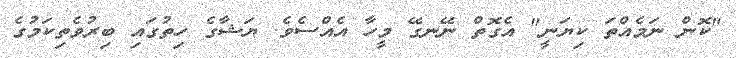
"ކޮން ނަމެއްތަ ކިޔަނީ" އެގޮތް ނޭނގޭ މީހާ އެއްސެވެ. ޔަޝާގެ ހިތުގައި ބިރުވެތިކަމުގެ